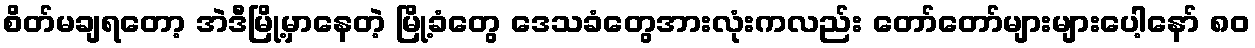
စိတ်မချရတော့ အဲဒီမြို့မှာနေတဲ့ မြို့ခံတွေ ဒေသခံတွေအားလုံးကလည်း တော်တော်များများပေါ့နော် ၈၀